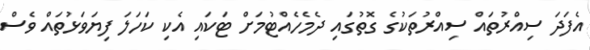
އެފަދަ ސިއްރުތައް ސިއްރުތަކުގެ ގޮތުގައި ދެމެހެއްޓުމަށް ޓަކައި އެކި ކަހަލަ ފިޔަވަޅުތައް ވެސް